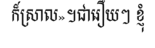
ក៏ស្រាល»។ជារឿយៗ ខ្ញុំ